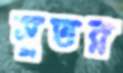
সুতর